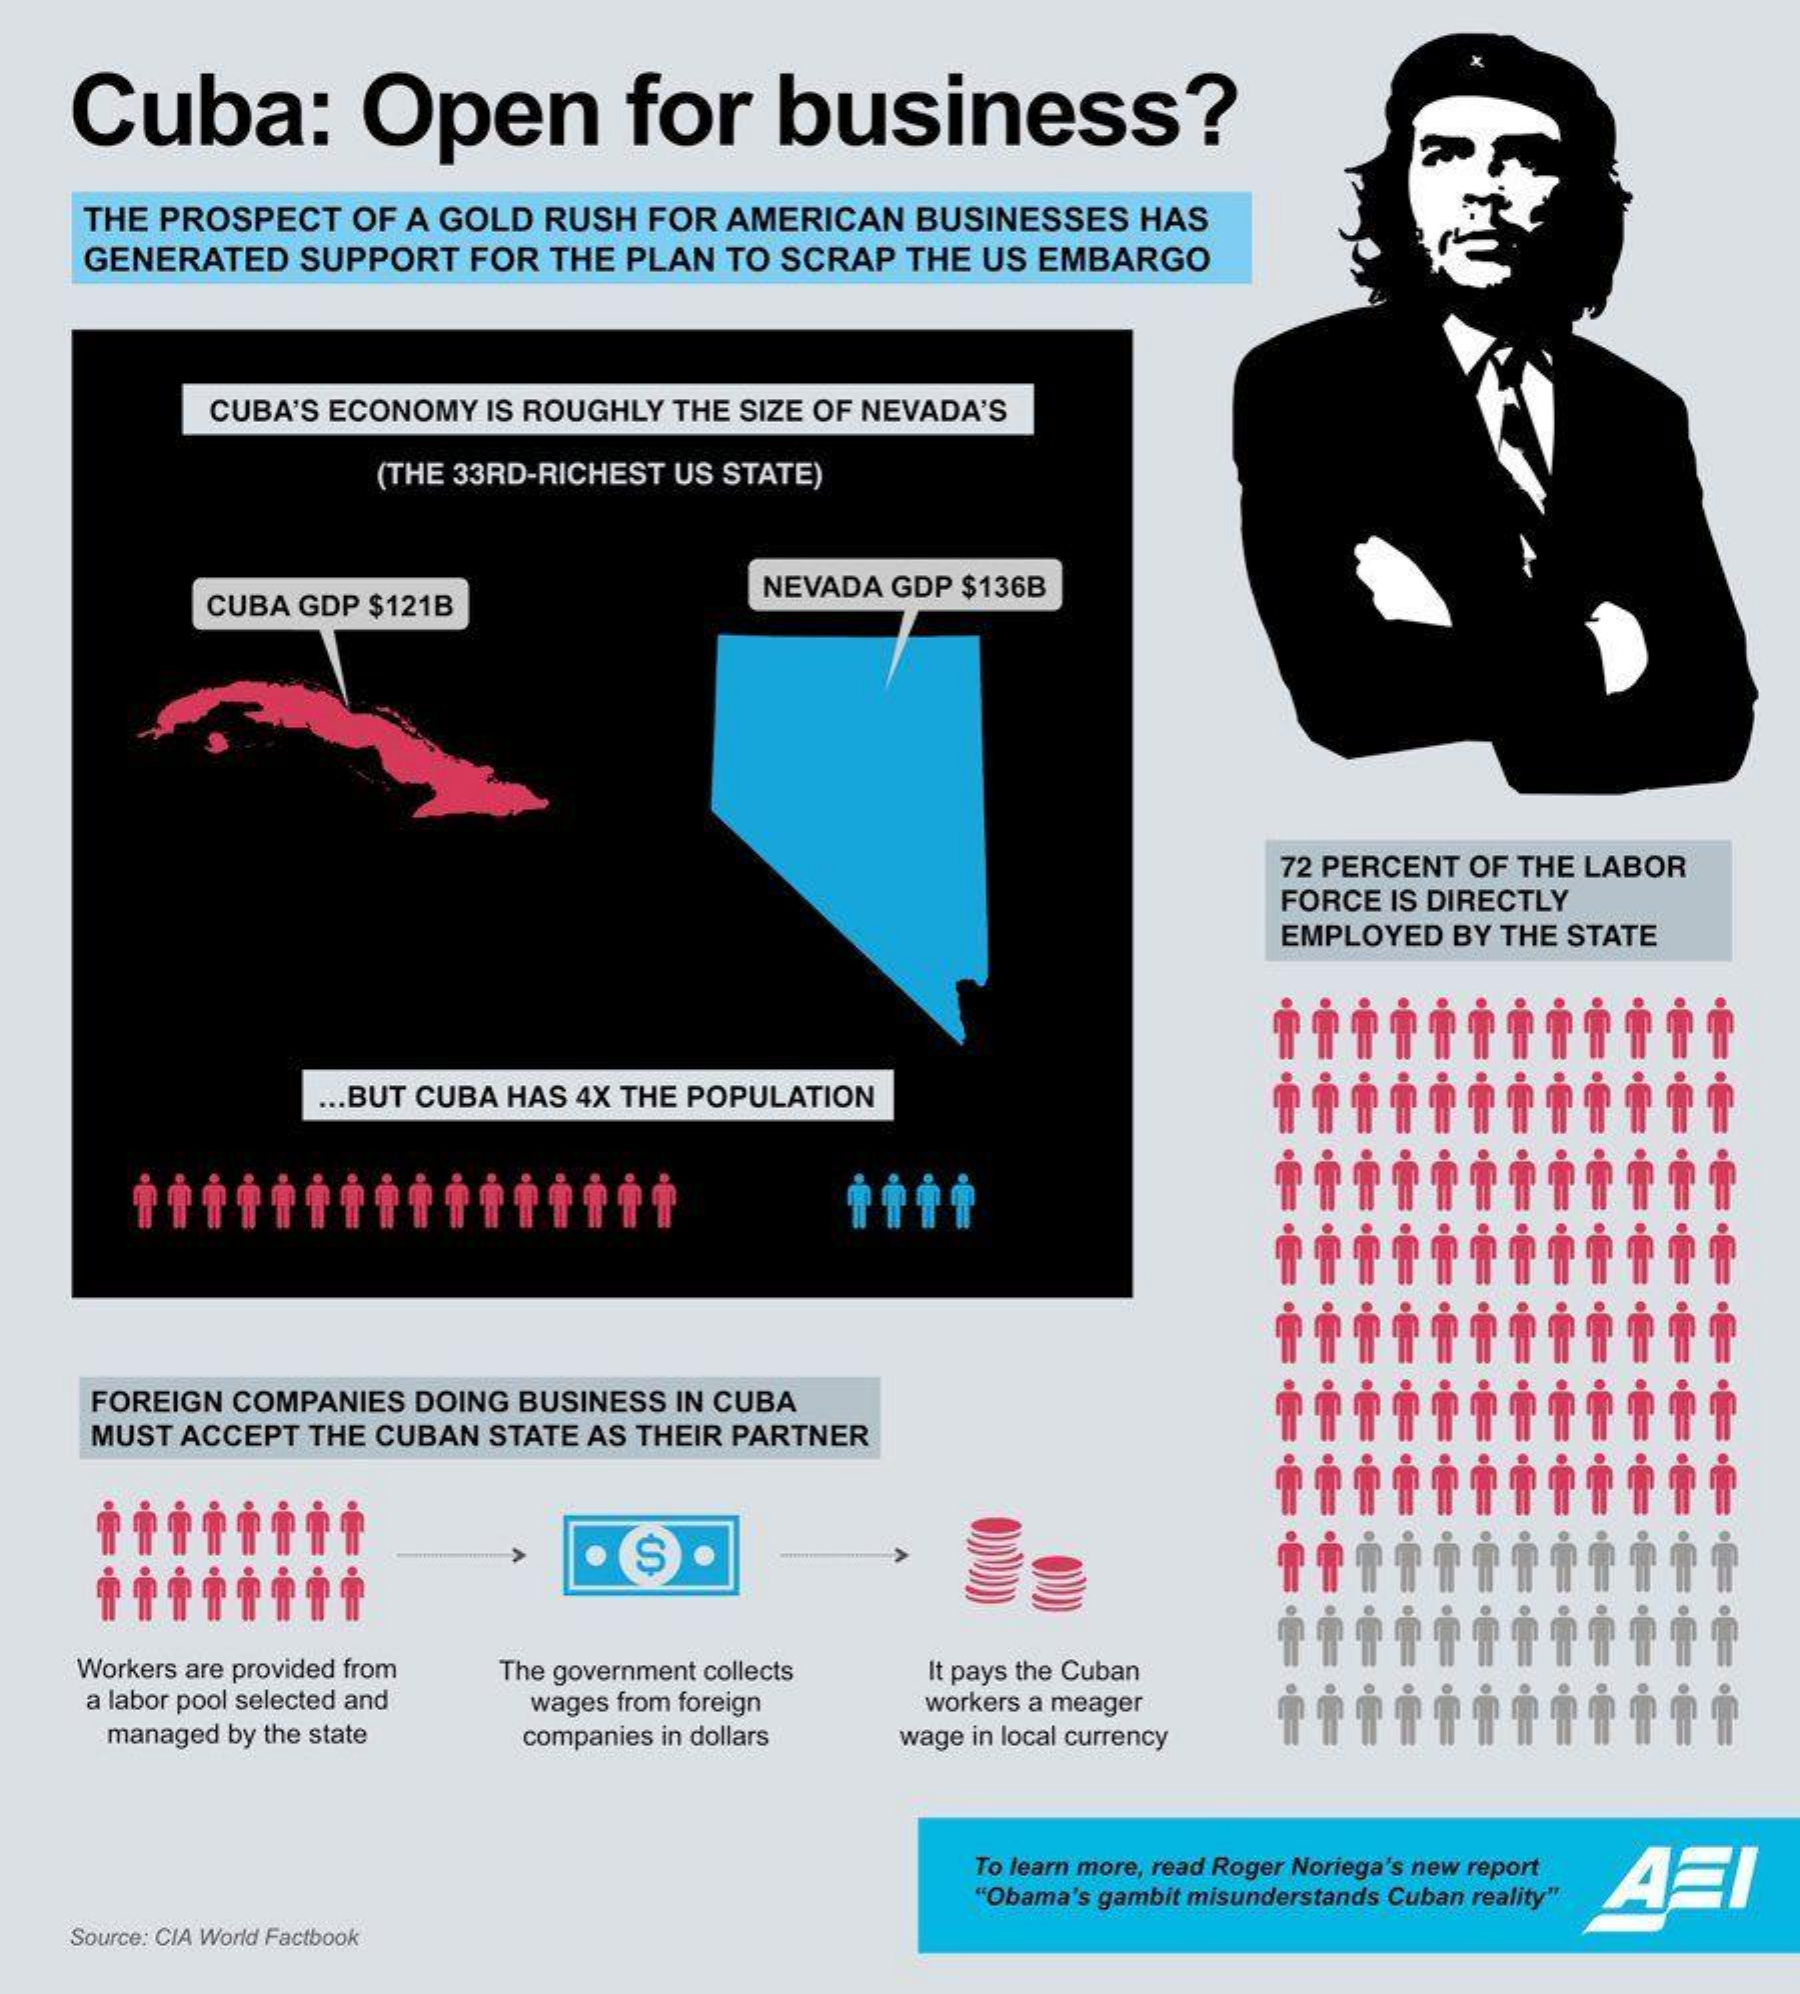
Cuba:    Open    for    business?
     THE PROSPECT OF A GOLD RUSH FOR AMERICAN BUSINESSES  HAS
     GENERATED SUPPORT  FOR THE PLAN TO SCRAP THE US EMBARGO
     CUBA'S ECONOMY IS ROUGHLY THE SIZE OF NEVADA'S
     (THE 33RD-RICHEST US STATE)
     CUBA GDP $121B
     NEVADA GDP $136B
     72 PERCENT OF THE LABOR
     FORCE IS DIRECTLY
     EMPLOYED BY THE STATE
     ... BUT CUBA HAS 4X THE POPULATION
     FOREIGN COMPANIES DOING BUSINESS IN CUBA
     MUST ACCEPT THE CUBAN STATE AS THEIR PARTNER
     $
    Workers are provided from The government collects
     a labor pool selected and wages from foreign
     It pays the Cuban
     workers a meager
     managed by the state companies in dollars wage in local currency
     To learn more, read Roger Noriega's new report
     AZI "Obama's gambit misunderstands Cuban reality"
    Source: CIA World Factbook